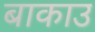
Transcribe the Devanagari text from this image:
बाकाउ